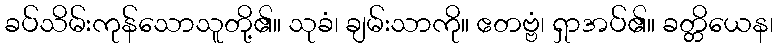
ခပ်သိမ်းကုန်သောသူတို့၏။ သုခံ၊ ချမ်းသာကို။ ဧတဗ္ဗံ၊ ရှာအပ်၏။ ခတ္တိယေန၊